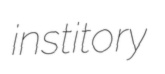
institory